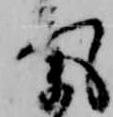
気